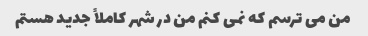
من می ترسم که نمی کنم من در شهر کاملاً جدید هستم